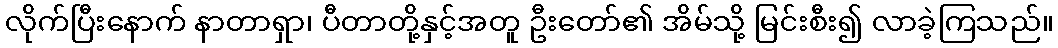
လိုက်ပြီးနောက် နာတာရှာ၊ ပီတာတို့နှင့်အတူ ဦးတော်၏ အိမ်သို့ မြင်းစီး၍ လာခဲ့ကြသည်။